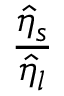
\frac { \hat { \eta } _ { s } } { \hat { \eta } _ { l } }